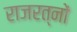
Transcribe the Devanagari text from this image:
राजरत्नों